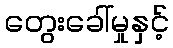
တွေးခေါ်မှုနှင့်